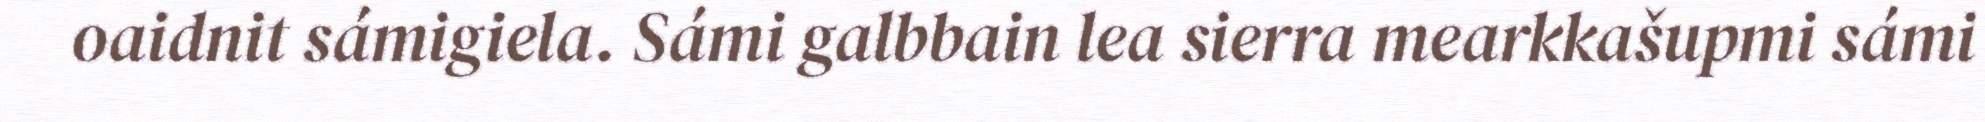
oaidnit sámigiela. Sámi galbbain lea sierra mearkkašupmi sámi